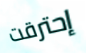
إحترقت